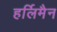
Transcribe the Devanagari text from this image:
हर्लिमैन